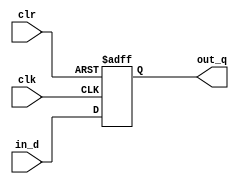
module myasynchro(clk,in_d,out_q,clr);//
	input clk;
	input in_d;
	input clr;
	output reg out_q;
	always@(posedge clk or posedge clr)
	begin
		if(clr)
			out_q <= 0;
		else
			out_q <= in_d;
	end
endmodule